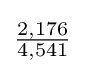
{\tfrac {2,176}{4,541}}